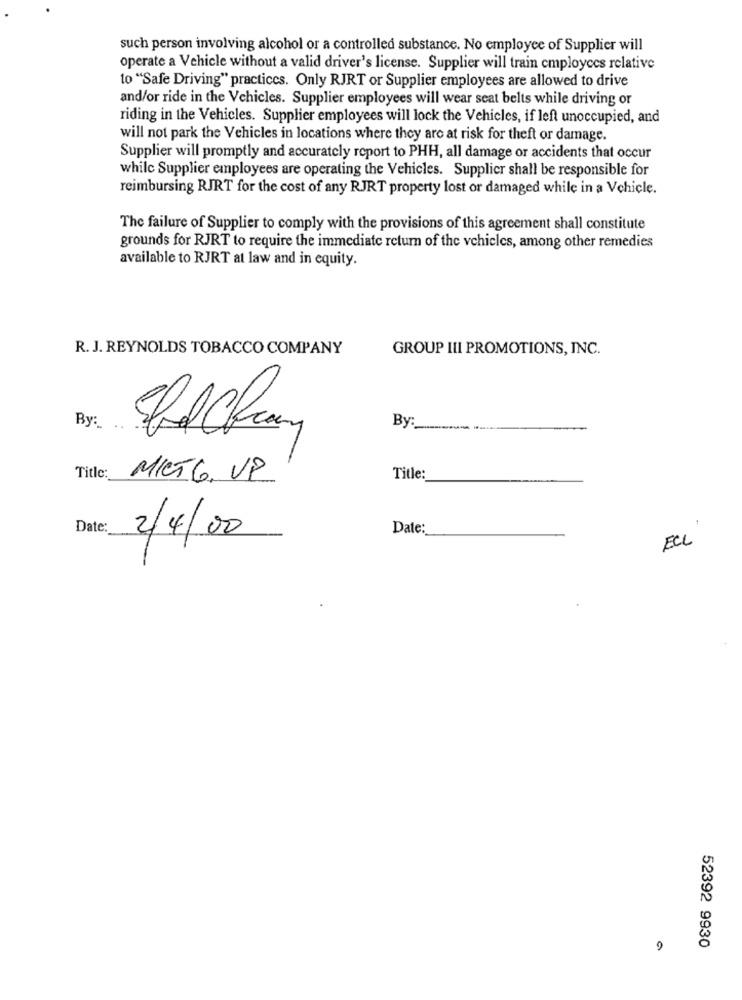
such person involving alcohol or a controlled substance. No employee of Supplier will
operate a Vehicle without a valid driver's license. Supplier will train employees relative
to "Safe Driving" practices. Only RJRT or Supplier employees are allowed to drive
and/or ride in the Vehicles. Supplier employees will wear seat belts while driving or
riding in the Vehicles. Supplier employees will lock the Vehicles, if left unoccupied, and
will not park the Vehicles in locations where they are at risk for theft or damage.
Supplier will promptly and accurately report to PHH, all damage or accidents that occur
while Supplier employees are operating the Vehicles. Supplier shall be responsible for
reimbursing RJRT for the cost of any RJRT property lost or damaged while in a Vehicle.
The failure of Supplier to comply with the provisions of this agreement shall constitute
grounds for RJRT to require the immediate return of the vehicles, among other remedies
available to RJRT at law and in equity.
R. J. REYNOLDS TOBACCO COMPANY
GROUP III PROMOTIONS, INC.
By:
By:
Title:
MIGT G. VP
Title:
-
Date:
Date:
2/4/00
ECL
52392 9930
9